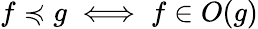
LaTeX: f\preccurlyeq g\iff f\in O(g)